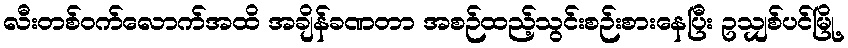
လီးတစ်ဝက်လောက်အထိ အချိန်ခဏတာ အစဉ်ထည့်သွင်းစဉ်းစားနေပြီး ဥသျှစ်ပင်မြို့